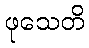
ဖုသေတိ